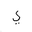
Letter: _ya